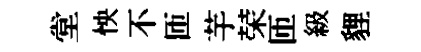
堂怏不匝芋荣匝級貍